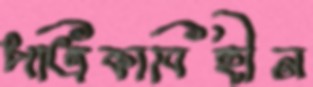
পত্রিকাবিহীন